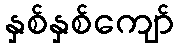
နှစ်နှစ်ကျော်